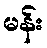
မန်း